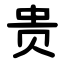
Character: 贵